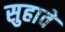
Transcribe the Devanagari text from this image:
सुहावे